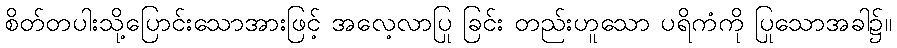
စိတ်တပါးသို့ပြောင်းသောအားဖြင့် အလေ့လာပြု ခြင်း တည်းဟူသော ပရိကံကို ပြုသောအခါ၌။